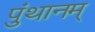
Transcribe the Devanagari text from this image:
पुंथानम्